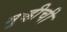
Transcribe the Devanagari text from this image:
मुव्हीची